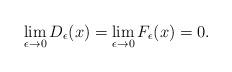
LaTeX: \begin{align*}\lim\limits_{\epsilon\to0}D_{\epsilon}(x)=\lim\limits_{\epsilon\to0}F_{\epsilon}(x)=0.\end{align*}